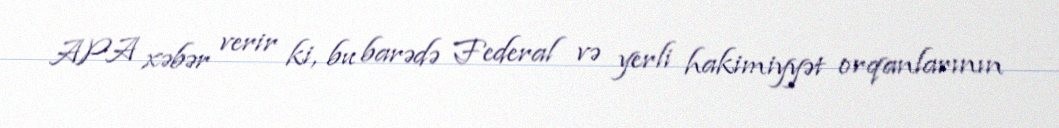
APA xəbər verir ki, bu barədə Federal və yerli hakimiyyət orqanlarının